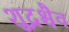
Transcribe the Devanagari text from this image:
शूद्रश्चैव